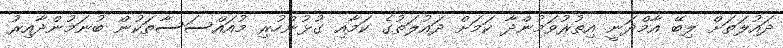
ދައުލަތަށް ލިބޭ އާމްދަނީ އިތުރުވަމުންދާ ކަމަށް ދައުލަތުގެ ކަމާއި ގުޅުންހުރި މުއައްސަސާތަކުން ބުނަމުންދާއިރު